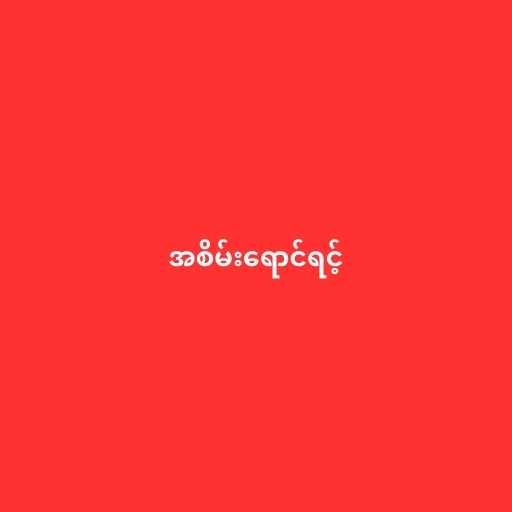
အစိမ်းရောင်ရင့်